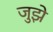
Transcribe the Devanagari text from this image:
जुझे